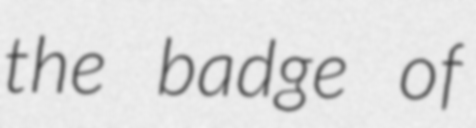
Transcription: the badge of